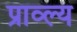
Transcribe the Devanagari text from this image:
प्राव्ल्य